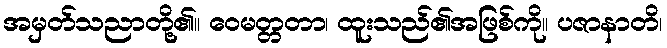
အမှတ်သညာတို့၏။ ဝေမတ္တတာ၊ ထူးသည်၏အဖြစ်ကို။ ပဇာနာတိ၊